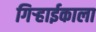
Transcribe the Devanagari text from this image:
गिऱ्हाईकाला